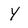
Character: Y